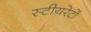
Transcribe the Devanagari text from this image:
स्टीयरेटों